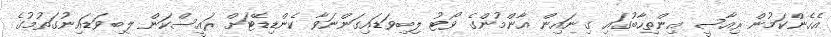
އެހެންކަމުން ރިއާސީ އިންތިހާބުގައި ގިނައިން އާންމުންގެ ވޯޓު ލިބިވަޑައިގަންނަވާ ކެންޑިޑޭޓަށް ރައީސްކަން ލިބިވަޑައިނުގަތުމުގެ